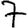
Digit: 7